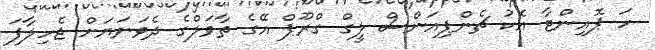
ހަ ޕޮއިންޓާ އެކު ޗެންޕިއަންސް ލީގް ގްރޫޕް އޭގެ ތާވަލްގެ ދެވަނަޔަށް ޖެހިލާފަ